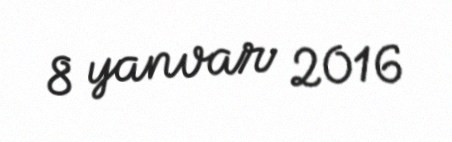
8 yanvar 2016